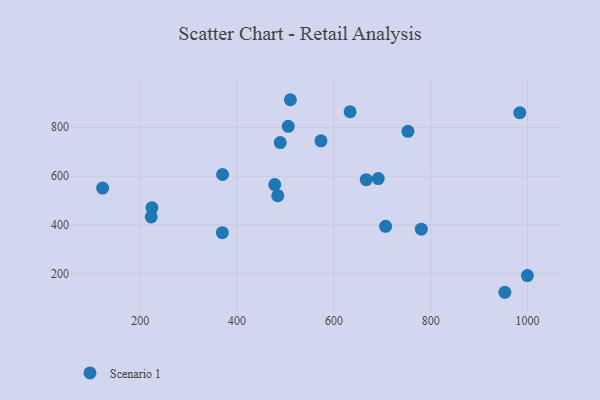
{"axis": {"x": "Ad Spend", "y": "Salary"}, "legend": ["Scenario 1"], "data": [{"x": "224.1", "y": 470.4, "type": "Scenario 1"}, {"x": "510.1", "y": 912.1, "type": "Scenario 1"}, {"x": "222.6", "y": 433.3, "type": "Scenario 1"}, {"x": "780.7", "y": 382.9, "type": "Scenario 1"}, {"x": "984.1", "y": 859.0, "type": "Scenario 1"}, {"x": "489.2", "y": 736.9, "type": "Scenario 1"}, {"x": "484.1", "y": 519.8, "type": "Scenario 1"}, {"x": "953.3", "y": 125.2, "type": "Scenario 1"}, {"x": "691.7", "y": 589.9, "type": "Scenario 1"}, {"x": "666.8", "y": 585.4, "type": "Scenario 1"}, {"x": "370.0", "y": 606.5, "type": "Scenario 1"}, {"x": "633.5", "y": 862.9, "type": "Scenario 1"}, {"x": "753.0", "y": 782.9, "type": "Scenario 1"}, {"x": "122.2", "y": 550.9, "type": "Scenario 1"}, {"x": "477.8", "y": 565.3, "type": "Scenario 1"}, {"x": "505.8", "y": 803.4, "type": "Scenario 1"}, {"x": "706.9", "y": 394.9, "type": "Scenario 1"}, {"x": "369.6", "y": 368.7, "type": "Scenario 1"}, {"x": "999.8", "y": 193.6, "type": "Scenario 1"}, {"x": "573.3", "y": 744.0, "type": "Scenario 1"}]}